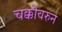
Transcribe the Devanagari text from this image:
चक्कीवरुन